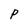
Character: P